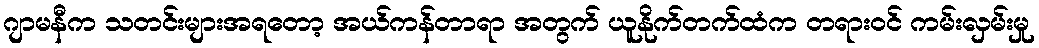
ဂျာမနီက သတင်းများအရတော့ အယ်ကန်တာရာ အတွက် ယူနိုက်တက်ထံက တရားဝင် ကမ်းလှမ်းမှု